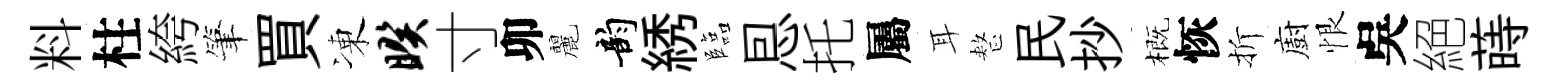
料柱絝筆買凍暌寸卯麗韵綉臨㤙托屬耳整民抄概恢折廚恨吳絕蒔